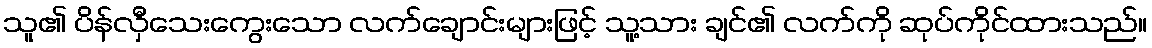
သူ၏ ပိန်လှီသေးကွေးသော လက်ချောင်းများဖြင့် သူ့သား ချင်၏ လက်ကို ဆုပ်ကိုင်ထားသည်။